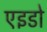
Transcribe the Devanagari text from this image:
एइडो